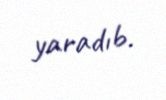
yaradıb.